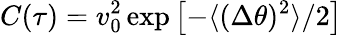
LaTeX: C(\tau)=v_{0}^{2}\, \mathrm{exp}\left[-{\langle(\Delta\theta)^{2}\rangle/2}\right]